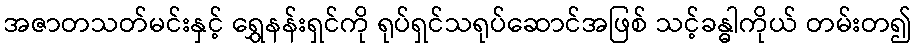
အဇာတသတ်မင်းနှင့် ရွှေနန်းရှင်ကို ရုပ်ရှင်သရုပ်ဆောင်အဖြစ် သင့်ခန္ဓါကိုယ် တမ်းတ၍